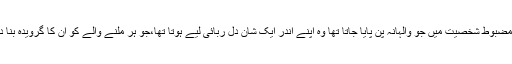
ان کی مضبوط شخصیت میں جو والہانہ پن پایا جاتا تھا وہ اپنے اندر ایک شان دل ربائی لیے ہوتا تھا،جو ہر ملنے والے کو ان کا گرویدہ بنا دیتا تھا۔